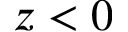
z < 0